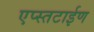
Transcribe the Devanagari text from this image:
एप्स्तटाईण